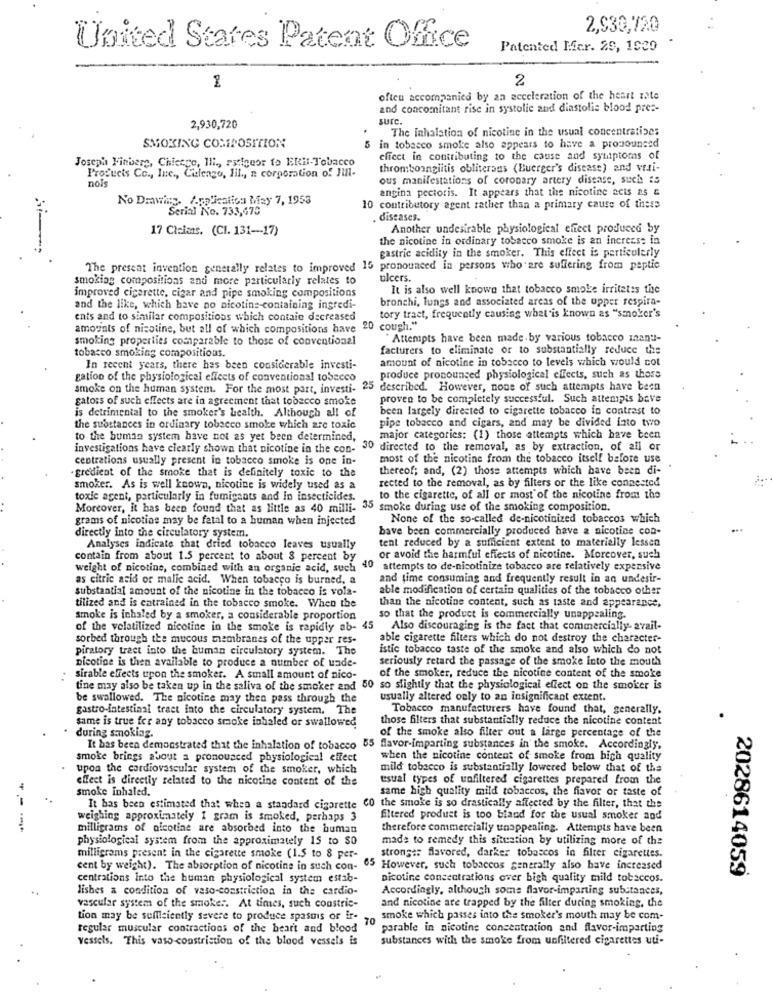
2,930,720
United States Patent Office
Patented Mar. 29, 1009
2
often accompanied by an acceleration of the heart rate
and concomitant rise in systolic and diastolic blood pres-
sure.
2,930,720
The Inhalation of nicotine in the usual concentratipes
SMOKING COMPOSITION
5 in tobacco smoke also appears to have a pronounced
Joseph Finbere, Chicago, Ili ., stigeor to ERis-Tobacco
effect in contributing to the cause and symptoms of
Products Co ., Inc ., Culengo, lil ., n corporation of Hill-
thromboangiitis obliterans (Buerger's disease) and veli-
nois
ous manifestations of coronary artery disease, such as
angina pectoris. It appears that the nicotine acts as &
No Drawing. Application May 7, 1953
Serial No. 733,470
10 contributory agent rather than a primary cause of these
diseases.
17 Claims. (CI. 131 -- 17)
Another undesirable physiological effect produced by
the nicotine in ordinary tobacco smoke is an increase in
gastric acidity in the smoker. This effect is particularly
The present invention generally relates to improved 15 pronounced in persons who are suffering from peptic
smoking compositions and more particularly relates to
ulcers.
It is also well known that tobacco smoke irritates the
improved cigarette, cigar and pipe smoking compositions
bronchi, lungs and associated areas of the upper respira-
and the like, which have no nicotine-containing ingredi-
ents and to similar compositions which contain decreased
tory traet, frequently causing what is known as "smoker's
amounts of nicotine, but all of which compositions have
20 cough."
smoking properties comparable to those of conventional
"Attempts have been made by various tobacco inanti-
tobacco smoking compositions.
facturers to eliminate or to substantially reduce the
amount of nicotine in tobacco to levels which would cot
In recent years, there has been considerable investi-
gation of the physiological effects of conventional toSecco
produce pronounced physiological effects, such as thors
smoke on the human system. For the most part, investi-
25 described. However, nous of such attempts have been
gators of such effects are in agreement that tobacco smoke
proven to be completely successful. Such attempis bave
is detrimental to the smoker's health. Although all of
been largely directed to cigarette tobacco in contrast to
pipe tobacco and cigars, and may be divided into two
the substances in ordinary tobacco smoke which are toxic
to the buman system have not as yet been determined,
major categories: (1) those attempts which have been
investigations have clearly shown that nicotine in the con-
: 30 directed to the removal, as by extraction, of all or
centrations usually present in tobacco smoke is one in-
most of the nicotine from the tobacco itself before use
.gredient of the smoke that is definitely toxic to the
thereof; and, (2) those attempts which have been di-
rected to the removal, as by filters or the like connected
smoker. As is well known, nicotine is widely used as a
toxic agent, particularly in fumigants and in insecticides.
to the cigarette, of all or most of the nicotine from the
Moreover, it has been found that as little as 40 milli- 35 smoke during use of the smoking composition.
grams of nicotine may be fatal to a human when injected
None of the so-called de-nicotinized tobaccos which
bave been commercially produced have a nicotine con-
directly into the circulatory system.
tent reduced by a sufficient extent to materielly lessen
Analyses indicate that dried tobacco leaves usually
contain from about 1.5 percent to about 8 percent by
or avoid the harmful effects of nicotine. Moreover, such
weight of nicotine, combined with an organic acid, such
40 attempts to de-nicotinize tobacco are relatively expersive
as citric acid or malic acid. When tobacco is burned, a
and time consuming and frequently result in an undesir-
substantial amount of the nicotine in the tobacco is vola-
able modification of certain qualities of the tobacco other
than the nicotine content, such as taste and appearance,
tilized and is entrained in the tobacco smoke. When the
smoke is inhaled by a smoker, a considerable proportion
so that the product is commercially unappealing.
of the velatilized nicotine in the smoke is rapidly ab- 45
Also discouraging is the fact that commercially- avail-
sorbed through the mucous membranes of the upper res-
able cigarette filters which do not destroy the character-
piratory tract into the human circulatory system. The
istic tobacco taste of the smoke and also which do not
nicotine is then available to produce a number of unde-
seriously retard the passage of the smoke into the mouth
sirable effects upon the smoker. A small amount of nico-
of the smoker, reduce the nicotine content of the smoke
tine may also be taken up in the saliva of the smoker and 50 so slightly that the physiological effect on the smoker is
be swallowed. The nicotine may then pass through the
usually altered only to an insignificant extent.
gastro-intestinal tract into the circulatory system. The
Tobacco manufacturers have found that, generally.
those filters that substantially reduce the nicotine content
same is true for any tobacco smoke inhaled or swallowed
during smoking.
of the smoke also filter out a large percentage of the
It has been demonstrated that the inhalation of tobacco 55 flavor-imparting substances in the smoke. Accordingly,
smoke brings about a pronounced physiological effect
when the nicotine content of smoke from high quality
upon the cardiovascular system of the smoker, which
mild tobacco is substantially lowered below that of the
effect is directly related to the nicotine content of the
estal types of unfiltered cigarettes prepared from the
smoke inhaled.
same high quality mild tobaccos, the fiavor or taste of
It has been estimated that when a standard cigarette 60 the smoke is so drastically affected by the filter, that the
weighing approximately 1 gram is smoked, perhaps 3
filtered product is too bland for the usual smoker and
---
milligrams of nicotine are absorbed into the human
therefore commercially unappealing. Attempts have been
physiological system from the approximately 15 to SO
made to remedy this situation by utilizing more of the
milligrams present in the cigarette smoke (1.5 to 8 per-
strong :: flavored, darker toboscos in filter cigarettes.
cent by weight). The absorption of nicotine in such con- 65 However, such tobaccos generally also have increased
2028614059
centrations into the human physiological system estab-
nicotine concentrations over bigh quality mild tobaccos.
lishes a condition of vaso constriction in the cardio-
Accordingly, although some flavor-imparting substances,
and nicotine are trapped by the filter during smoking, the
vascular system of the smoke :. At times, such constric-
tion may be sufficiently severe to produce spasms or ir-
70
smoke which passes into the smoker's mouth may be com-
regular muscular contractions of the heart and blood "
porable in nicotine concentration and flavor-imparting
vessels. This vaso constriction of the blood vessels is
substances with the smoke from unfiltered cigarettes uti-